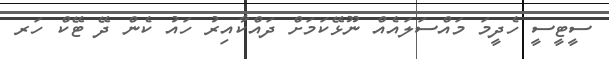
ސީޓީސީ ހެދީމަ މައްސަލައެއް ނޫޅޭކަމަށް ދައްކާއިރު ހައު ކެން ދޭ ޓޭކް ހަރ